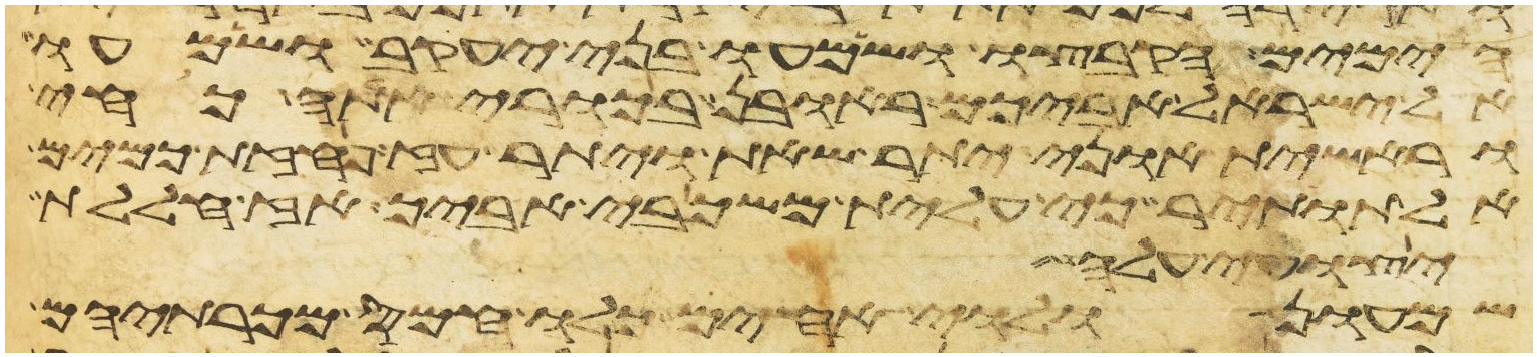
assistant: הימים הקבצו ושמעו בני יעקב ושמעו
אל ישראל אביכם ראובן בכורי אתה כחי
וראשית אוני יתר שאת ויתר עז פחזת כמים
אל תותיר כי עלית משכבי אביך אז חללת
יצועי עלה
שמעון ולוי אחים כלו חמס מכרתיהם